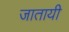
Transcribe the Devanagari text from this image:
जातायी